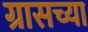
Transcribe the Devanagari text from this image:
ग्रासच्या